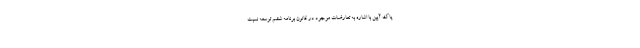
پاک آیین با اشاره به تعارضات موجود در قانون برنامه ششم توسعه نسبت